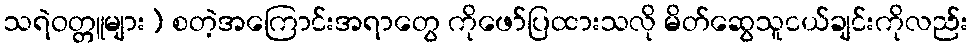
သရဲဝတ္တူများ) စတဲ့အကြောင်းအရာတွေ ကိုဖော်ပြထားသလို မိတ်ဆွေသူငယ်ချင်းကိုလည်း